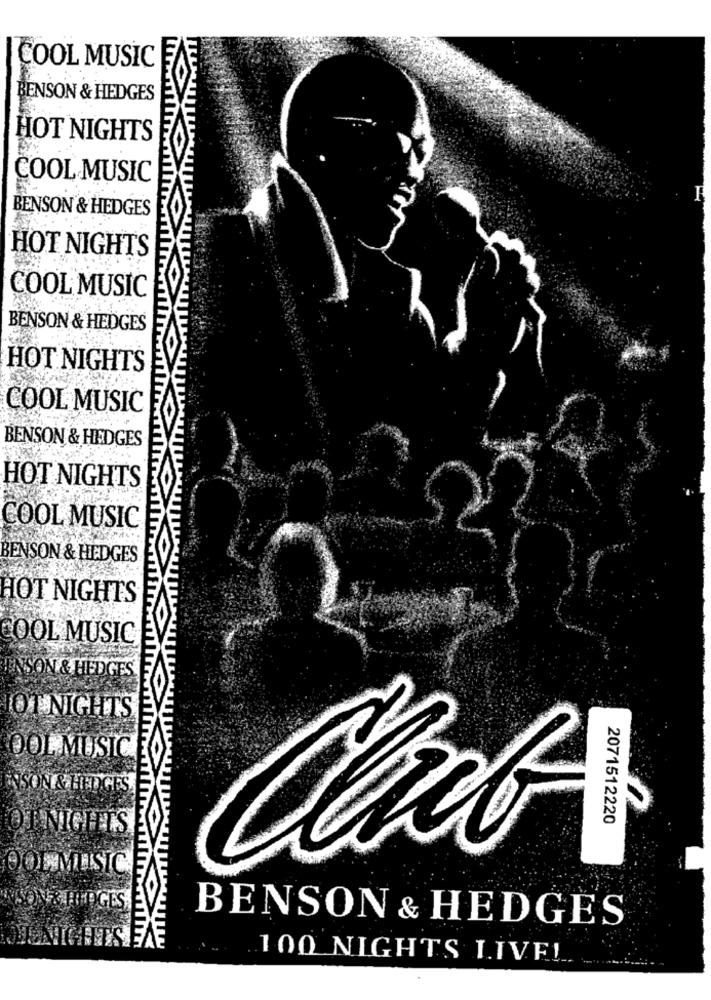
COOL MUSIC
BENSON & HEDGES
HOT NIGHTS
COOL MUSIC
BENSON & HEDGES
HOT NIGHTS
COOL MUSIC
BENSON & HEDGES
HOT NIGHTS
COOL MUSIC
BENSON & HEDGES
HOT NIGHTS
COOL MUSIC
BENSON & HEDGES
HOT NIGHTS
COOL MUSIC
ENSON & HEDGES
OT NIGHTS
OOL MUSIC
WSON & HEDGES
2071512220
OFNIGHTS
OOLMUSIC
SON& RIDGES
BENSON & HEDGES
100 NIGHTS LIVE!